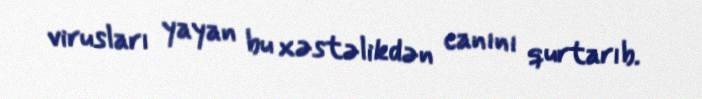
virusları yayan bu xəstəlikdən canını qurtarıb.